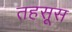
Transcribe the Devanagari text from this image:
तहसूस